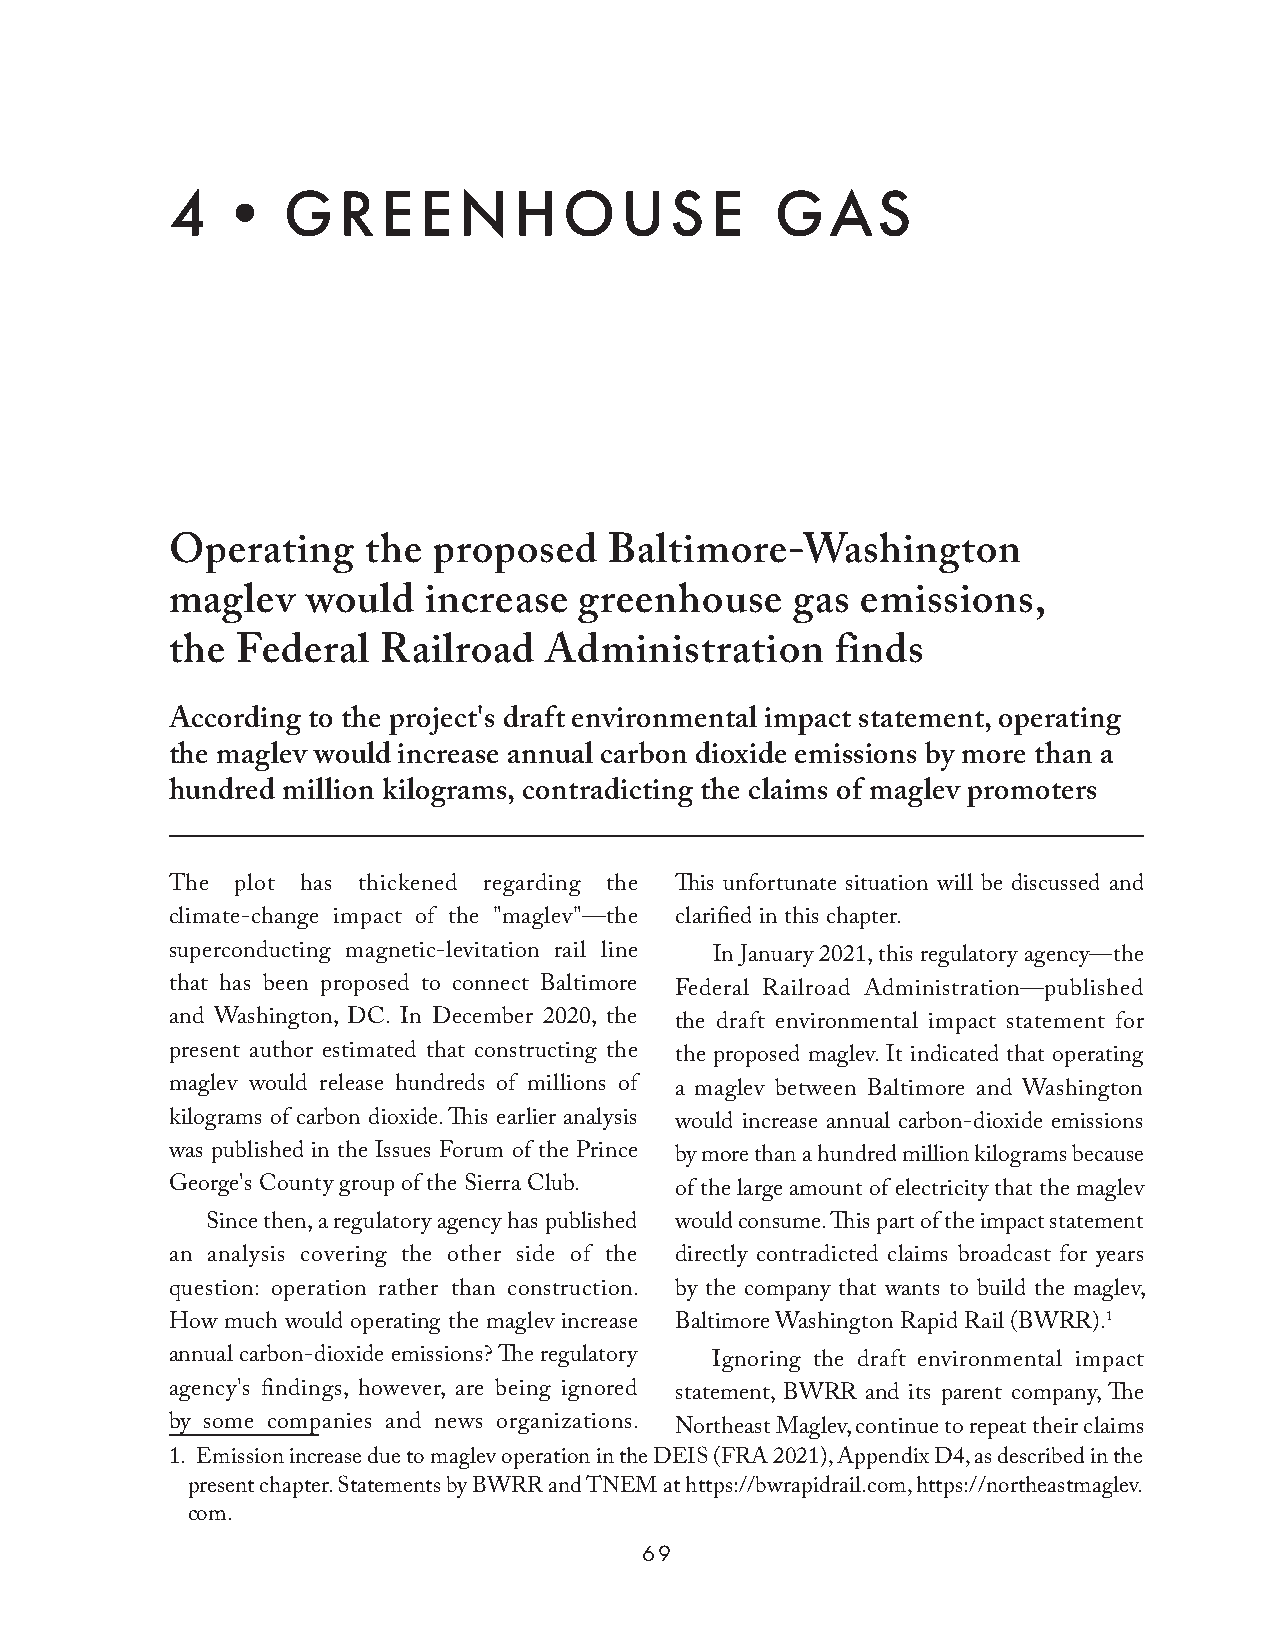
4•GREENHOUSE                            GAS
 Operating    the  proposed   Baltimore-Washington
 maglev   would   increase  greenhouse     gas emissions,
 the  Federal  Railroad   Administration     finds
 According to the project's draft environmental impact statement, operating
 the maglev would increase annual carbon dioxide emissions by more than a
 hundred million kilograms, contradicting the claims of maglev promoters
 The  plot has thickened regarding the This unfortunate situation will be discussed and
 climate-change impact of the "maglev"—the clarified in this chapter.
 superconducting magnetic-levitation rail line In January 2021, this regulatory agency—the
 that has been proposed to connect Baltimore Federal Railroad Administration—published
 and Washington, DC. In December 2020, the the draft environmental impact statement for
 present author estimated that constructing the the proposed maglev. It indicated that operating
 maglev would release hundreds of millions of a maglev between Baltimore and Washington
 kilograms of carbon dioxide. This earlier analysis would increase annual carbon-dioxide emissions
 was published in the Issues Forum of the Prince by more than a hundred million kilograms because
 George's County group of the Sierra Club. of the large amount of electricity that the maglev
 Since then, a regulatory agency has published would consume. This part of the impact statement
 an analysis covering the other side of the directly contradicted claims broadcast for years
 question: operation rather than construction. by the company that wants to build the maglev,
 How much would operating the maglev increase Baltimore Washington Rapid Rail (BWRR).1
 annual carbon-dioxide emissions? The regulatory Ignoring the draft environmental impact
 agency's findings, however, are being ignored statement, BWRR and its parent company, The
 by some companies and news organizations. Northeast Maglev, continue to repeat their claims
 1. Emission increase due to maglev operation in the DEIS (FRA 2021), Appendix D4, as described in the
 present chapter. Statements by BWRR and TNEM at https://bwrapidrail.com, https://northeastmaglev.
 com.
 69